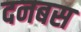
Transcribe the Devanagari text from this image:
दनबस